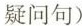
疑问句)